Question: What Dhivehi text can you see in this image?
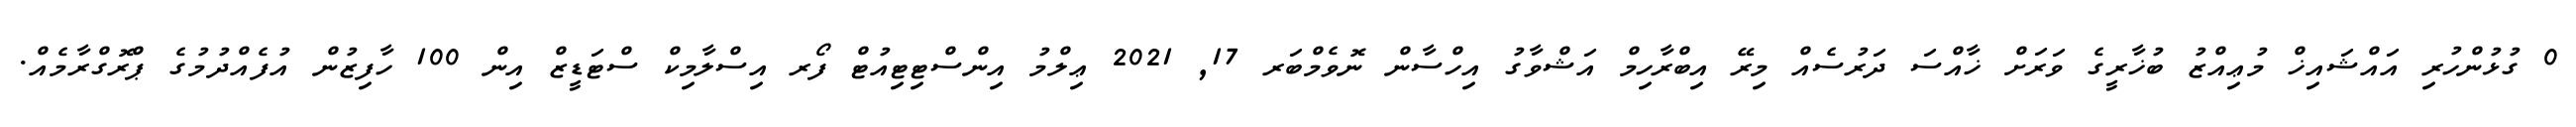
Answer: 0 ގުޅުންހުރި އައްޝައިޚް މުޢިއްޒު ބުޚާރީގެ ވަރަށް ޚާއްސަ ދަރުސެއް މިރޭ އިބްރާހިމް އަޝްވާގު އިހްސާން ނޮވެމްބަރ 17, 2021 ޢިލްމު އިންސްޓިޓިއުޓް ފޯރ އިސްލާމިކް ސްޓަޑީޒް އިން 100 ހާފިޒުން އުފެއްދުމުގެ ޕްރޮގްރާމެއް.